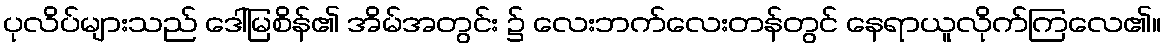
ပုလိပ်များသည် ဒေါ်မြစိန်၏ အိမ်အတွင်း ၌ လေးဘက်လေးတန်တွင် နေရာယူလိုက်ကြလေ၏။